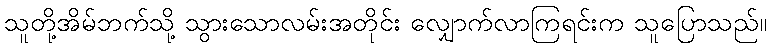
သူတို့အိမ်ဘက်သို့ သွားသောလမ်းအတိုင်း လျှောက်လာကြရင်းက သူပြောသည်။